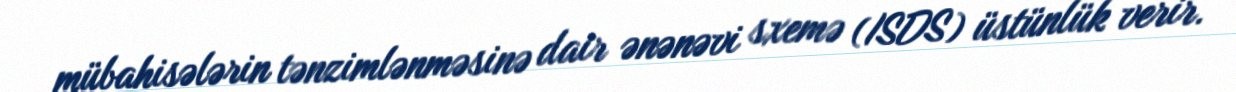
mübahisələrin tənzimlənməsinə dair ənənəvi sxemə (ISDS) üstünlük verir.